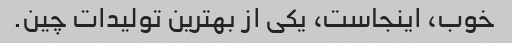
خوب، اینجاست، یکی از بهترین تولیدات چین.